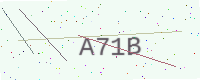
Text: A71B